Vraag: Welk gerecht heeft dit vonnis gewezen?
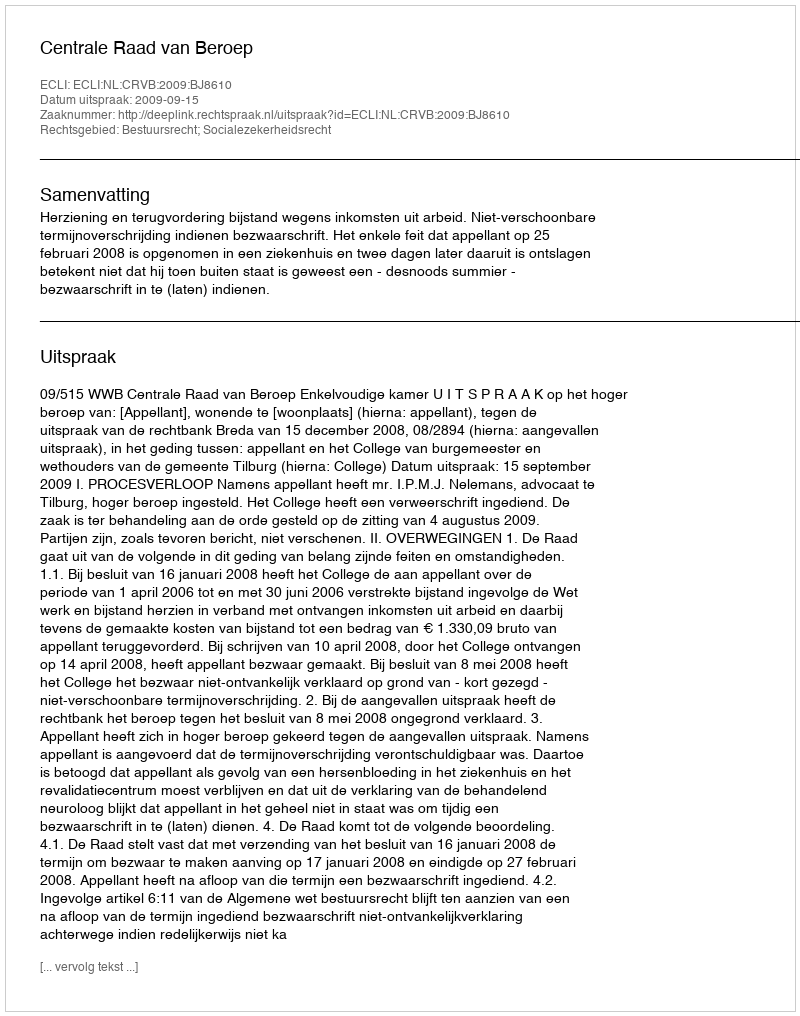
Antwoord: Centrale Raad van Beroep